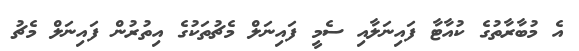
އެ މުބާރާތުގެ ކުއާޓާ ފައިނަލާއި ސެމީ ފައިނަލް މެޗުތަކުގެ އިތުރުން ފައިނަލް މެޗު